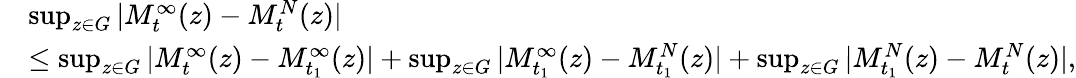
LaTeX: \begin{array}{rl}&{\operatorname*{sup}_{z\in G}|M_{t}^{\infty}(z)-M_{t}^{N}(z)|}\\ &{\leq\operatorname*{sup}_{z\in G}|M_{t}^{\infty}(z)-M_{t_{1}}^{\infty}(z)|+\operatorname*{sup}_{z\in G}|M_{t_{1}}^{\infty}(z)-M_{t_{1}}^{N}(z)|+\operatorname*{sup}_{z\in G}|M_{t_{1}}^{N}(z)-M_{t}^{N}(z)|,}\end{array}